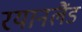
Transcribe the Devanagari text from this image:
रयानलैंड